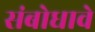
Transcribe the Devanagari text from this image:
संबोधावे